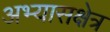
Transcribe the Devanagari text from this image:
अभ्यासक्षेत्र